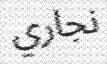
نجاري